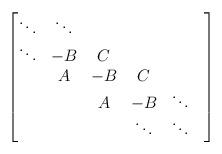
LaTeX: \begin{align*} \begin{bmatrix} \ddots & \ddots\\ \ddots & -B & C\\ & A & -B & C\\ & & A & -B & \ddots\\ & & & \ddots & \ddots &\end{bmatrix}\end{align*}